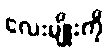
လေးမျိုးကို